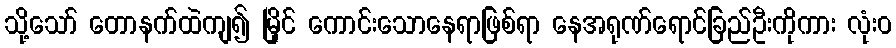
သို့သော် တောနက်ထဲကျ၍ မြိုင် ကောင်းသောနေရာဖြစ်ရာ နေအရုဏ်ရောင်ခြည်ဦးကိုကား လုံးဝ